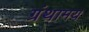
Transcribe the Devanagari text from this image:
ग्रंथामय